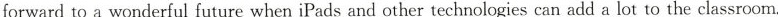
forward to a wonderful future when iPads and other technologies can add a lot to the classroom.